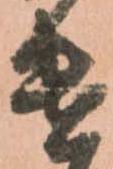
遣